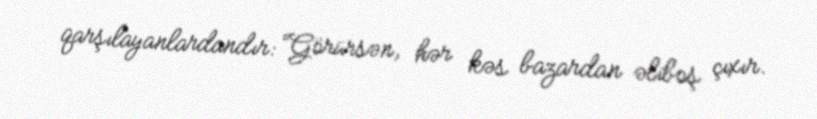
qarşılayanlardandır: “Görürsən, hər kəs bazardan əliboş çıxır.